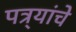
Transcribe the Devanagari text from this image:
पत्र्यांचे